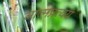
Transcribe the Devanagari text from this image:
आत्मप्रत्यय